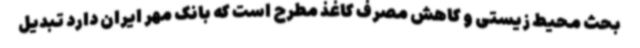
بحث محیط زیستی و کاهش مصرف کاغذ مطرح است که بانک مهر ایران دارد تبدیل